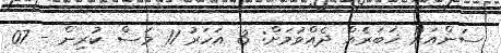
ސަންއަށް ޚަބަރެއް ދެއްވުމަށް: 3 އަހަރު 11 މަސް ކުރިން - 07